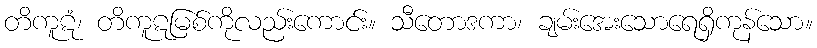
တိကူဋံ၊ တိကူဋမြစ်ကိုလည်းကောင်း။ သီတောဒကာ၊ ချမ်းအေးသောရေရှိကုန်သော။